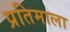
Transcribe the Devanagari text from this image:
प्रतिमाला